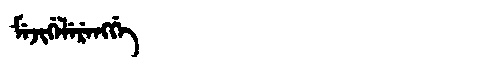
Manchu: ᠮᡝᠵᡳᡤᡝᠯᡝᡵᡝᠩᡤᡝ
Romanization: MEJIGELERENGGE